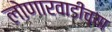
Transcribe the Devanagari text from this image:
लोणारवाडीच्या